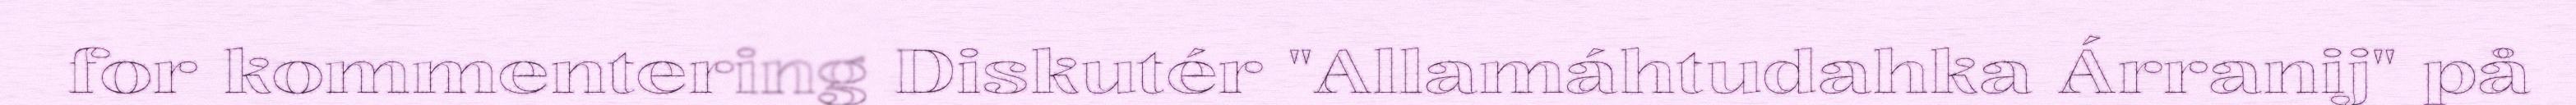
for kommentering Diskutér "Allamáhtudahka Árranij" på